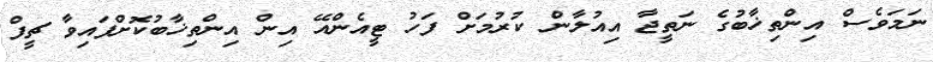
ނަމަވެސް އިންތިޚާބުގެ ނަތީޖާ އިއުލާން ކުރުމަށް ފަހު ޓީއެންއޭ އިން އިންތިޚާބުކޮށްފައިވާ ޗީފް